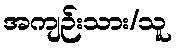
အကျဉ်းသား/သူ